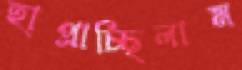
হাপ্‌রাচ্ছিলাম